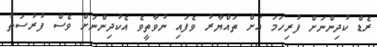
ރެޑް ކުދިންނަށް ފުރިހަމަ އަށް ތައްޔާރު ވެފައި ނުވާތީވެ އެކުދިންނަށް ވެސް ފުރުސަތު